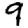
Digit: 9